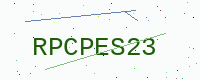
Text: RPCPES23